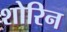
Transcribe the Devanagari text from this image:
शोरिन